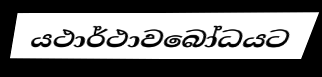
යථාර්ථාවබෝධයට